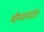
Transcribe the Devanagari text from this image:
भीष्मपर्वात